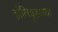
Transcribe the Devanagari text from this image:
हॉलिवुडाच्या